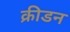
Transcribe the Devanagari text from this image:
क्रीडन